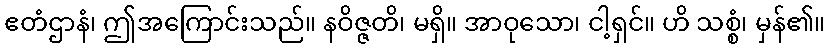
ဧတံဌာနံ၊ ဤအကြောင်းသည်။ နဝိဇ္ဇတိ၊ မရှိ။ အာဝုသော၊ ငါ့ရှင်။ ဟိ သစ္စံ၊ မှန်၏။